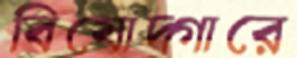
বিষোদ্গারে